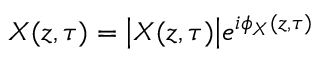
X ( z , \tau ) = { \left| X ( z , \tau ) \right| } e ^ { i \phi _ { X } ( z , \tau ) }